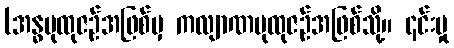
(အန္ဓပုထုဇဉ်အဖြစ်မှ ကလျာဏပုထုဇဉ်အဖြစ်သို့။ ၎င်းမှု